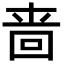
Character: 啬